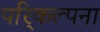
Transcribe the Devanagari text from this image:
परि्कल्पना